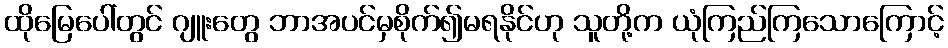
ထိုမြေပေါ်တွင် ဂျူးတွေ ဘာအပင်မှစိုက်၍မရနိုင်ဟု သူတို့က ယုံကြည်ကြသောကြောင့်